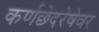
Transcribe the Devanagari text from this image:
कर्णछेदरेषेवर